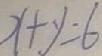
x + y = 6